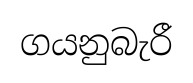
ගයනුබැරී